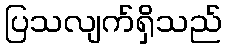
ပြသလျက်ရှိသည်